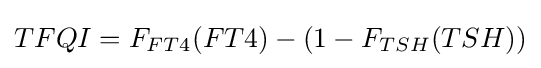
TFQI=F_{FT4}(FT4)-(1-F_{TSH}(TSH))